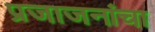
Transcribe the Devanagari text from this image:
प्रजाजनांचा